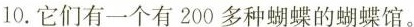
10.它们有一个有200多种蝴蝶的蝴蝶馆。